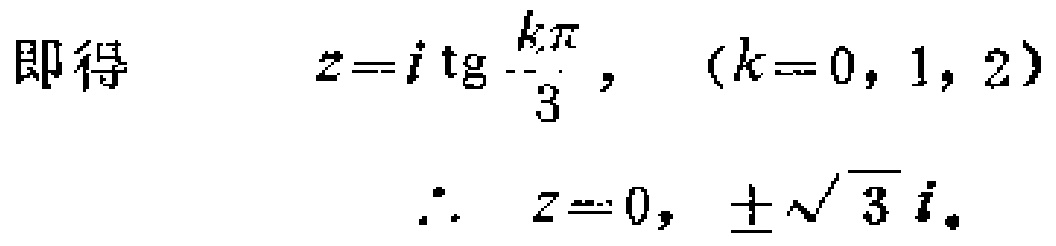
即得
\[
z = i \tg\frac{k\pi}{3}, \quad (k = 0, 1, 2)
\]
\[
\therefore \quad z = 0, \pm\sqrt{3}i.
\]